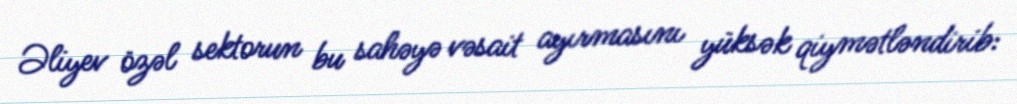
Əliyev özəl sektorun bu sahəyə vəsait ayırmasını yüksək qiymətləndirib: